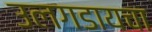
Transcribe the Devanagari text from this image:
उलगडायचा